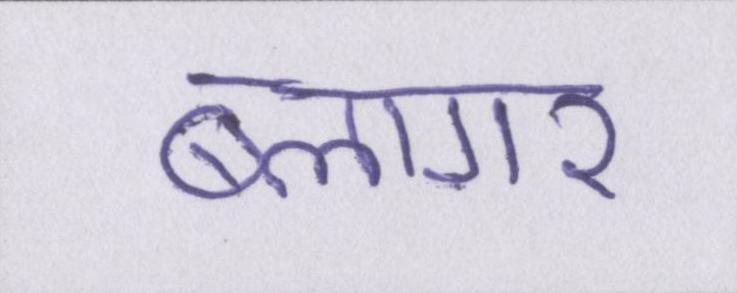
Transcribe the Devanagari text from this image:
ब्लागर